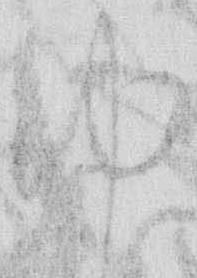
ゆ